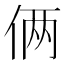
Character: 俩